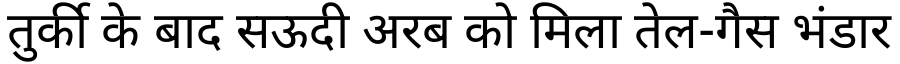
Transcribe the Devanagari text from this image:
तुर्की के बाद सऊदी अरब को मिला तेल-गैस भंडार